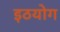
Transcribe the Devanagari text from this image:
इठयोग